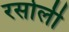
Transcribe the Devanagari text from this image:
रसोली